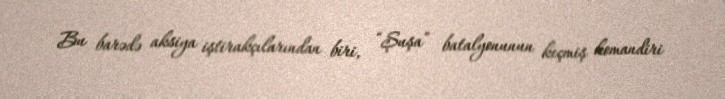
Bu barədə aksiya iştirakçılarından biri, “Şuşa” batalyonunun keçmiş komandiri